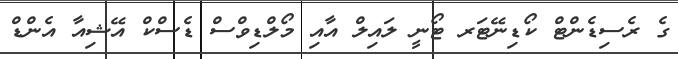
ގެ ރެސިޑެންޓް ކޯޑިނޭޓަރ ޓޯނީ ލައިލް އާއި މޯލްޑިވްސް ޑެސްކް އޭޝިއާ އެންޑް